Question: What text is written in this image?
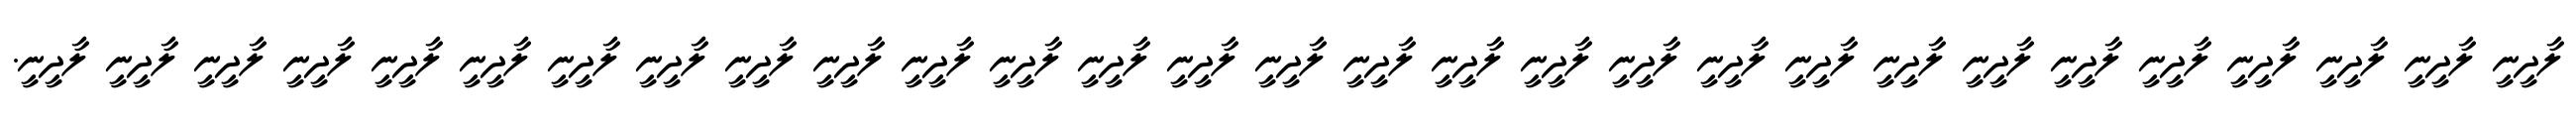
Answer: ލާދީނީ ލާދީނީ ލާދީނީ ލާދީނީ ލާދީނީ ލާދީނީ ލާދީނީ ލާދީނީ ލާދީނީ ލާދީނީ ލާދީނީ ލާދީނީ ލާދީނީ ލާދީނީ ލާދީނީ ލާދީނީ ލާދީނީ ލާދީނީ ލާދީނީ ލާދީނީ ލާދީނީ ލާދީނީ ލާދީނީ ލާދީނީ ލާދީނީ ލާދީނީ ލާދީނީ ލާދީނީ ލާދީނީ.